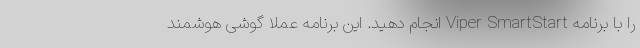
را با برنامه Viper SmartStart انجام دهید. این برنامه عملا گوشی هوشمند